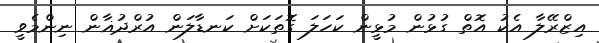
އިޒްރޭލާ އެކު އޮތް ގުޅުން މުޅީން ކަހަލަ ގޮތަކަށް ކަނޑާލަން އުރްދުޣާން ނިންމެވީ